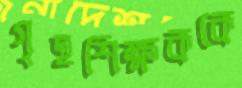
গৃহশিক্ষককে